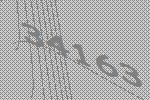
34163